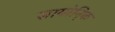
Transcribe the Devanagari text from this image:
सायोनि्क